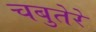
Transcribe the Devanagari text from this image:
चबुतेरे